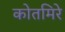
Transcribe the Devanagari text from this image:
कोतमिरे